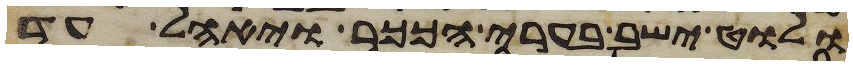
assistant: ולוט ישב בערי הככר ויאהל עד